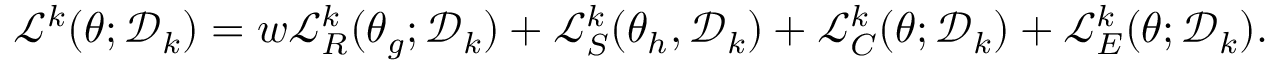
\mathcal { L } ^ { k } ( \theta ; \mathcal { D } _ { k } ) = w \mathcal { L } _ { R } ^ { k } ( \theta _ { g } ; \mathcal { D } _ { k } ) + \mathcal { L } _ { S } ^ { k } ( \theta _ { h } , \mathcal { D } _ { k } ) + \mathcal { L } _ { C } ^ { k } ( \theta ; \mathcal { D } _ { k } ) + \mathcal { L } _ { E } ^ { k } ( \theta ; \mathcal { D } _ { k } ) .